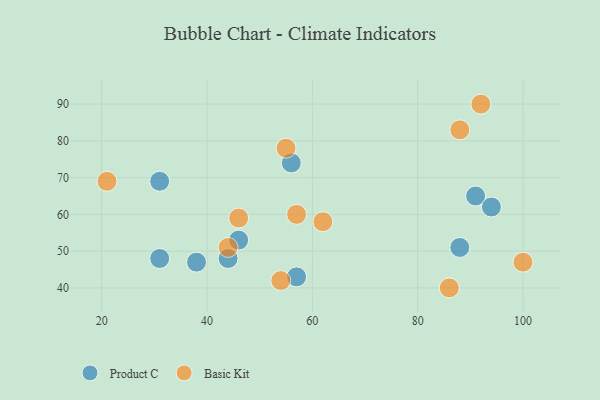
{"axis": {"x": "GDP", "y": "Life Expectancy"}, "legend": ["Basic Kit", "Product C"], "data": [{"x": "91", "y": 65, "type": "Product C"}, {"x": "94", "y": 62, "type": "Product C"}, {"x": "38", "y": 47, "type": "Product C"}, {"x": "31", "y": 69, "type": "Product C"}, {"x": "31", "y": 48, "type": "Product C"}, {"x": "44", "y": 48, "type": "Product C"}, {"x": "56", "y": 74, "type": "Product C"}, {"x": "57", "y": 43, "type": "Product C"}, {"x": "88", "y": 51, "type": "Product C"}, {"x": "46", "y": 53, "type": "Product C"}, {"x": "100", "y": 47, "type": "Basic Kit"}, {"x": "54", "y": 42, "type": "Basic Kit"}, {"x": "55", "y": 78, "type": "Basic Kit"}, {"x": "88", "y": 83, "type": "Basic Kit"}, {"x": "86", "y": 40, "type": "Basic Kit"}, {"x": "21", "y": 69, "type": "Basic Kit"}, {"x": "46", "y": 59, "type": "Basic Kit"}, {"x": "57", "y": 60, "type": "Basic Kit"}, {"x": "44", "y": 51, "type": "Basic Kit"}, {"x": "62", "y": 58, "type": "Basic Kit"}, {"x": "92", "y": 90, "type": "Basic Kit"}]}